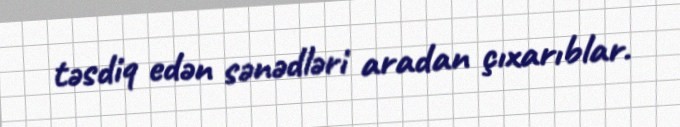
təsdiq edən sənədləri aradan çıxarıblar.